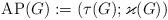
LaTeX: \begin{align*}\mathrm{AP}(G):=(\tau(G);\varkappa(G))\end{align*}